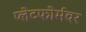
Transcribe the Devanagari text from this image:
प्लेटफोर्मवर